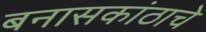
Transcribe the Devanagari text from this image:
बनासकांठाचे